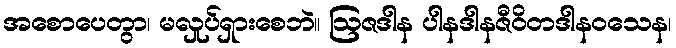
အစောပေတွာ၊ မလှုပ်ရှားစေဘဲ။ ဩဇဒါန ပါနဒါနဇီဝိတဒါနဝသေန၊